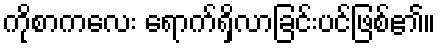
ကိုစာကလေး ရောက်ရှိလာခြင်းပင်ဖြစ်၏။